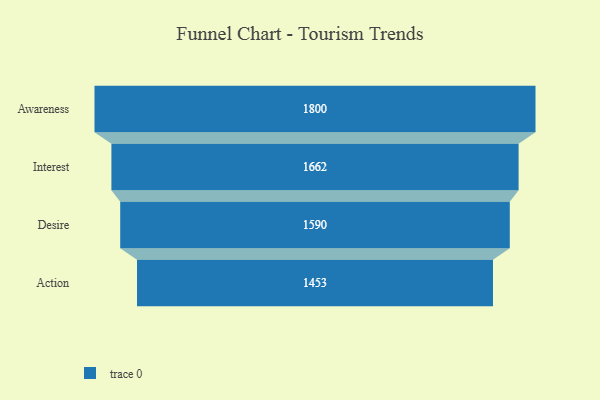
{"axis": {"x": "Stage", "y": "Value"}, "legend": [""], "data": [{"x": "Awareness", "y": 1800.0, "type": ""}, {"x": "Interest", "y": 1662.0, "type": ""}, {"x": "Desire", "y": 1590.0, "type": ""}, {"x": "Action", "y": 1453.0, "type": ""}]}